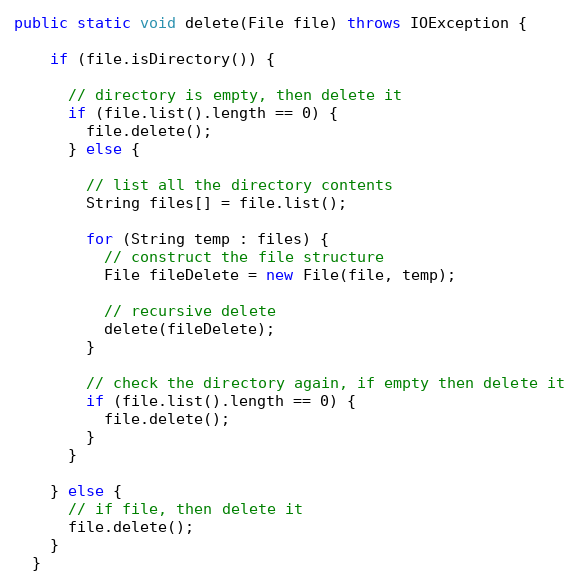
Language: Java
public static void delete(File file) throws IOException {

    if (file.isDirectory()) {

      // directory is empty, then delete it
      if (file.list().length == 0) {
        file.delete();
      } else {

        // list all the directory contents
        String files[] = file.list();

        for (String temp : files) {
          // construct the file structure
          File fileDelete = new File(file, temp);

          // recursive delete
          delete(fileDelete);
        }

        // check the directory again, if empty then delete it
        if (file.list().length == 0) {
          file.delete();
        }
      }

    } else {
      // if file, then delete it
      file.delete();
    }
  }